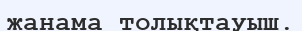
жанама толықтауыш.